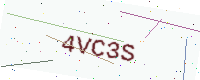
Text: 4VC3S